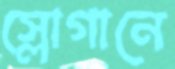
স্লোগানে